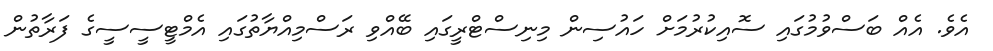
އެވެ. އެއް ބަސްވުމުގައި ސޮއިކުރުމަށް ހައުސިން މިނިސްޓްރީގައި ބޭއްވި ރަސްމިއްޔާތުގައި އެމްޓީސީސީގެ ފަރާތުން